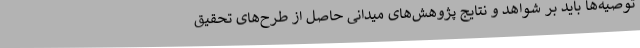
توصیه‌ها باید بر شواهد و نتایج پژوهش‌های میدانی حاصل از طرح‌های تحقیق